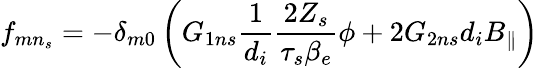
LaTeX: f_{{mn}_{s}}=-\delta_{m0}\left(G_{1ns}\frac{1}{d_{i}}\frac{2Z_{s}}{\tau_{s}\beta_{e}}\phi+2G_{2ns}d_{i}B_{\parallel}\right)